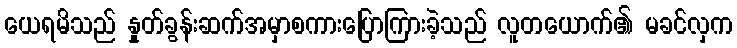
ယေရမိသည် နှုတ်ခွန်းဆက်အမှာစကားပြောကြားခဲ့သည် လူတယောက်၏ မခင်လှက